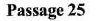
Passage 25